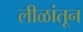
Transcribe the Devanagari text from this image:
लीळांतून